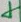
Text: 4